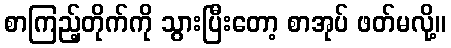
စာကြည့်တိုက်ကို သွားပြီးတော့ စာအုပ် ဖတ်မလို့။